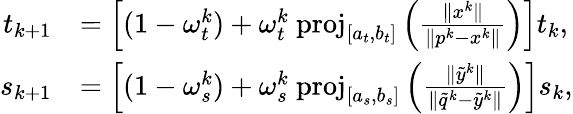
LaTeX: \begin{array}{rl}{t_{k+1}}&{=\left[(1-\omega_{t}^{k})+\omega_{t}^{k}\mathrm{~proj}_{[a_{t},b_{t}]}\left(\frac{\Vert x^{k}\Vert}{\Vert p^{k}-x^{k}\Vert}\right)\right]t_{k},}\\ {s_{k+1}}&{=\left[(1-\omega_{s}^{k})+\omega_{s}^{k}\mathrm{~proj}_{[a_{s},b_{s}]}\left(\frac{\Vert\tilde{y}^{k}\Vert}{\Vert\tilde{q}^{k}-\tilde{y}^{k}\Vert}\right)\right]s_{k},}\end{array}